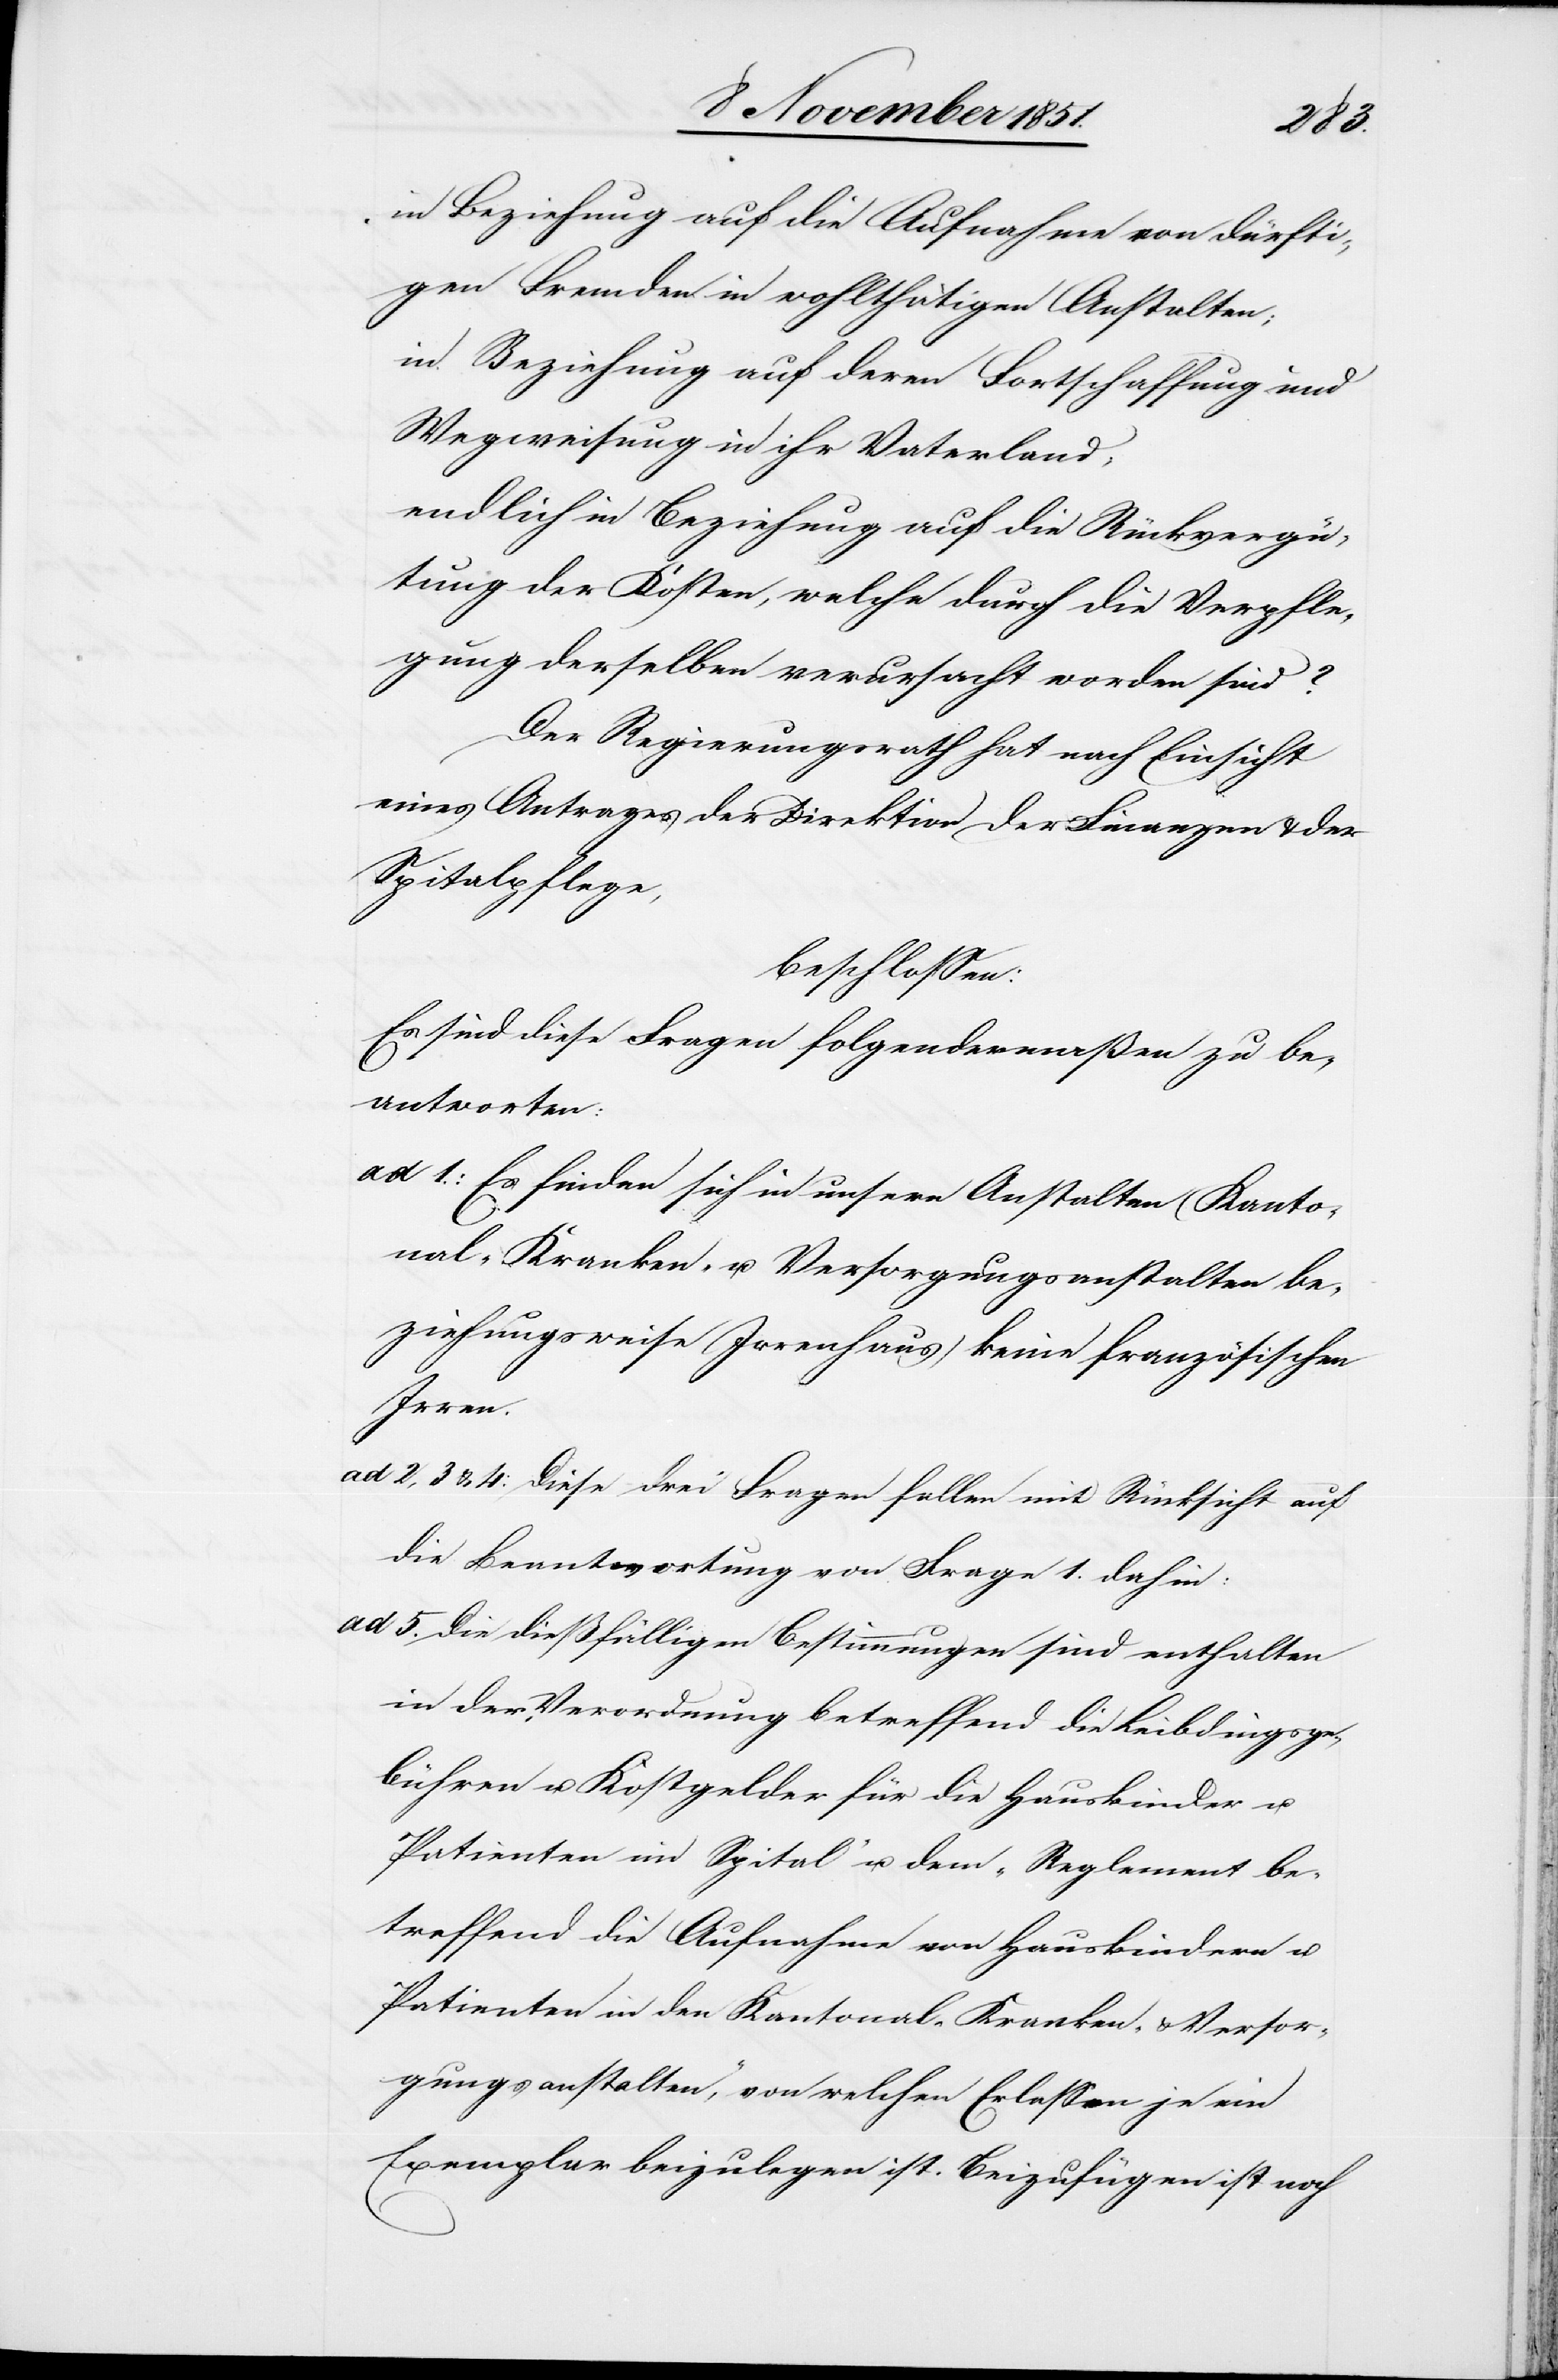
ad 5.
in Beziehung auf die Aufnahme von dürfti¬
gen Fremden in wohlthätigen Anstalten;
in Beziehung auf deren Fortschaffung und
Wegweisung in ihr Vaterland;
endlich in Beziehung auf die Rückvergü¬
tung der Kosten, welche durch die Verpfle¬
gung derselben verursacht worden sind?
Der Regierungsrath hat nach Einsicht
eines Antrages der Direktion der Finanzen & der
Spitalpflege,
beschlossen:
Es sind diese Fragen folgendermaßen zu be¬
antworten:
Es finden sich in unsern Anstalten (Kanto¬
nal- Kranken- u. Versorgungsanstalten be¬
ziehungsweise Irrenhaus) keine französischen
Irren.
die Beantwortung von Frage 1. dahin.
Die dießfälligen Bestimmungen sind enthalten
in der „Verordnung betreffend die Leibdingsge¬
bühren u. Kostgelder für die Hauskinder u.
Patienten im Spital“ u. dem „Reglement be¬
treffend die Aufnahme von Hauskindern u.
Patienten in den Kantonal- Kranken- & Versor¬
gungsanstalten“, von welchen Erlassen je ein
Exemplar beizulegen ist. Beizufügen ist noch